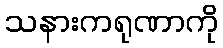
သနားကရုဏာကို